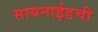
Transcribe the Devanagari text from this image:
सायनाईडची